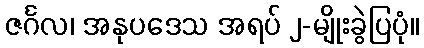
ဇင်္ဂလ၊ အနုပဒေသ အရပ် ၂-မျိုးခွဲပြပုံ။